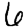
Digit: 6